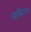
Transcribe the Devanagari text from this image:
नाम्बिआर